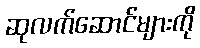
ဆုလက်ဆောင်များကို